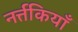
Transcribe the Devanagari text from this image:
नर्त्तकियाँ